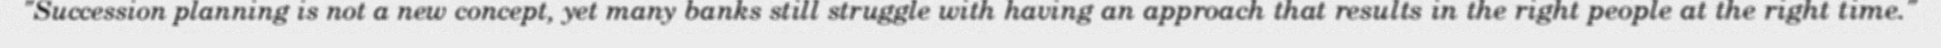
"Succession planning is not a new concept, yet many banks still struggle with having an approach that results in the right people at the right time."